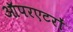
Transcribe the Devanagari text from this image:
ऑपरएटरों